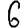
Digit: 6